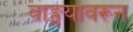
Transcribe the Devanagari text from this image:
वाङ्मयावरून